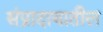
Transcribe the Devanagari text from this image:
संप्रादायातील